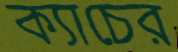
ক্যাচের